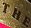
THE